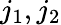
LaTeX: j_{1},j_{2}